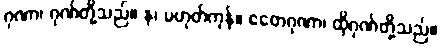
ဂုဏာ၊ ဂုဏ်တို့သည်။ န၊ မဟုတ်ကုန်။ ဧတေဂုဏာ၊ ထိုဂုဏ်တို့သည်။